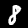
Label: 8